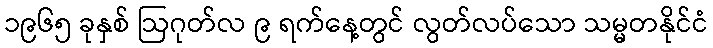
၁၉၆၅ ခုနှစ် ဩဂုတ်လ ၉ ရက်နေ့တွင် လွတ်လပ်သော သမ္မတနိုင်ငံ